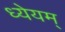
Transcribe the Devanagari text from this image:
ध्येयम्‌